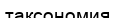
таксономия